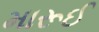
મારૂઈ